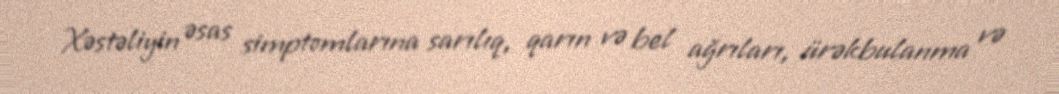
Xəstəliyin əsas simptomlarına sarılıq, qarın və bel ağrıları, ürəkbulanma və